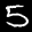
Label: 5